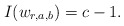
\begin{align*} I(w_{r,a,b}) = c-1 .\end{align*}